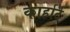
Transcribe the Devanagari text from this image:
कार्हार्ट